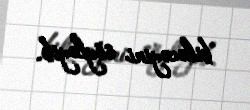
biləcəyini söyləyib.